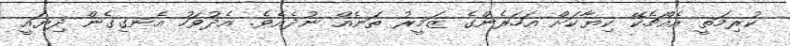
ކުރިމަތީ އެއްޗެކޭ ކިޔާކަށް އަހަރެންގެ ޒަމީރު ތަނެއް ނުދެއެވެ. އެދުވަހު އެނގިގެން ދިޔައީ